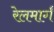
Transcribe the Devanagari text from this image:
रेलमार्गं